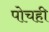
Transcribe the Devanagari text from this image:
पोचही